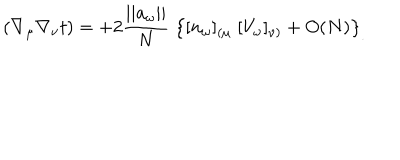
LaTeX: ( \nabla _ { \mu } \nabla _ { \nu } t ) = + 2 { \frac { | | a _ { \omega } | | } { N } } \; \left\{ [ n _ { \omega } ] _ { ( \mu } \; [ V _ { \omega } ] _ { \nu ) } + O ( N ) \right\} _ { . }